Report of the Hyderabad Chloroform Commission
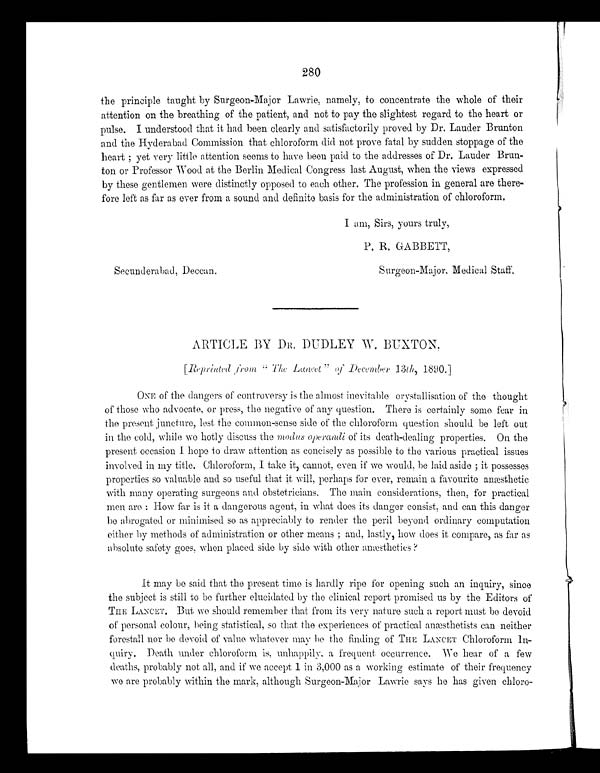
280
the principle taught by Surgeon-Major Lawrie, namely, to concentrate the whole of their
attention on the breathing of the patient, and not to pay the slightest regard to the heart or
pulse. I understood that it had been clearly and satisfactorily proved by Dr. Lauder Brunton
and the Hyderabad Commission that chloroform did not prove fatal by sudden stoppage of the
heart; yet very little attention seems to have been paid to the addresses of Dr. Lauder Brun-
ton or Professor Wood at the Berlin Medical Congress last August, when the views expressed
by these gentlemen were distinctly opposed to each other. The profession in general are there-
fore left as far as ever from a sound and definite basis for the administration of chloroform.
I am, Sirs, yours truly,
Secunderabad, Deccan.
Surgeon-Major, Medical Staff.
ARTICLE BY DR. DUDLEY W. BUXTON,
[Reprinted from "The Lancet" of December 13th, 1890.]
ONE of the dangers of controversy is the almost inevitable crystallisation of the thought
of those who advocate, or press, the negative of any question. There is certainly some fear in
the present juncture, lest the common-sense side of the chloroform question should be left out
in the cold, while we hotly discuss the modus operandi of its death-dealing properties. On the
pr e s e nt oc c a s i on I hope t o dr a w a t t e nt i on a s c onc i s e l y a s pos s i bl e t o t he va r i ous pr a c t i c a l i s s ue s
involved in my title. Chloroform, I take it, cannot, even if we would, be laid aside; it possesses
properties so valuable and so useful that it will, perhaps for ever, remain a favourite anæsthetic
with many operating surgeons and obstetricians. The main considerations, then, for practical
men are: How far is it a dangerous agent, in what does its danger consist, and can this danger
be abrogated or minimised so as appreciably to render the peril beyond ordinary computation
either by methods of administration or other means; and, lastly, how does it compare, as far as
absolute safety goes, when placed side by side with other anæsthetics?
It may be said that the present time is hardly ripe for opening such an inquiry, since
the subject is still to be further elucidated by the clinical report promised us by the Editors of
THE LANCET. But we should remember that from its very nature such a report must be devoid
of personal colour, being statistical, so that the experiences of practical anæsthetists can neither
forestall nor be devoid of value whatever may be the finding of THE LANCET Chloroform In-
quiry. Death under chloroform is, unhappily, a frequent occurrence. We hear of a few
deaths, probably not all, and if we accept 1 in 3,000 as a working estimate of their frequency
we are probably within the mark, although Surgeon-Major Lawrie says he has given chloro-